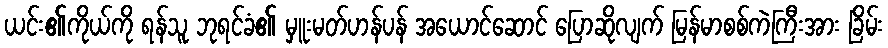
ယင်း၏ကိုယ်ကို ရန်သူ ဘုရင်ခံ၏ မှူးမတ်ဟန်ပန် အယောင်ဆောင် ပြောဆိုလျက် မြန်မာစစ်ကဲကြီးအား ခြိမ်း